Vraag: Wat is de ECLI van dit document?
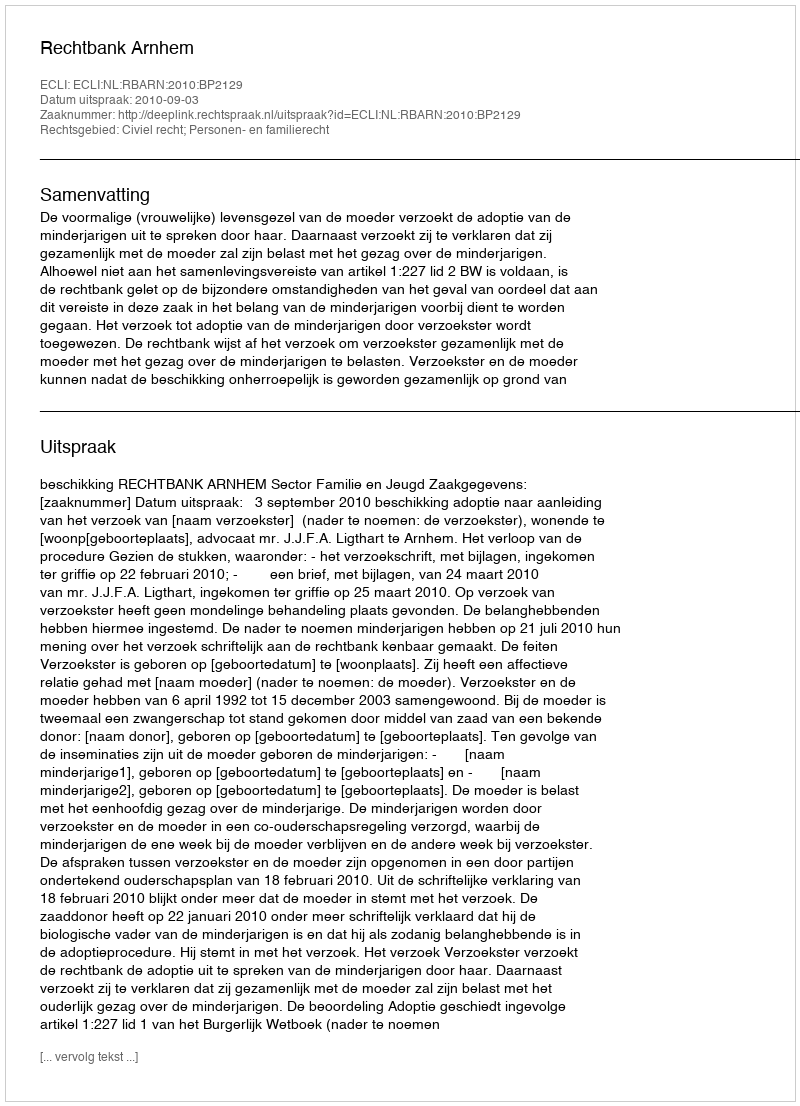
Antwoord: ECLI:NL:RBARN:2010:BP2129